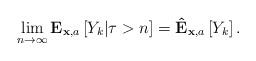
LaTeX: \begin{align*}\lim_{n\rightarrow \infty }\mathbf{E}_{\mathbf{x},a}\left[ Y_{k}|\tau >n\right] =\mathbf{\hat{E}}_{\mathbf{x},a}\left[ Y_{k}\right] . \end{align*}